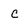
Character: C